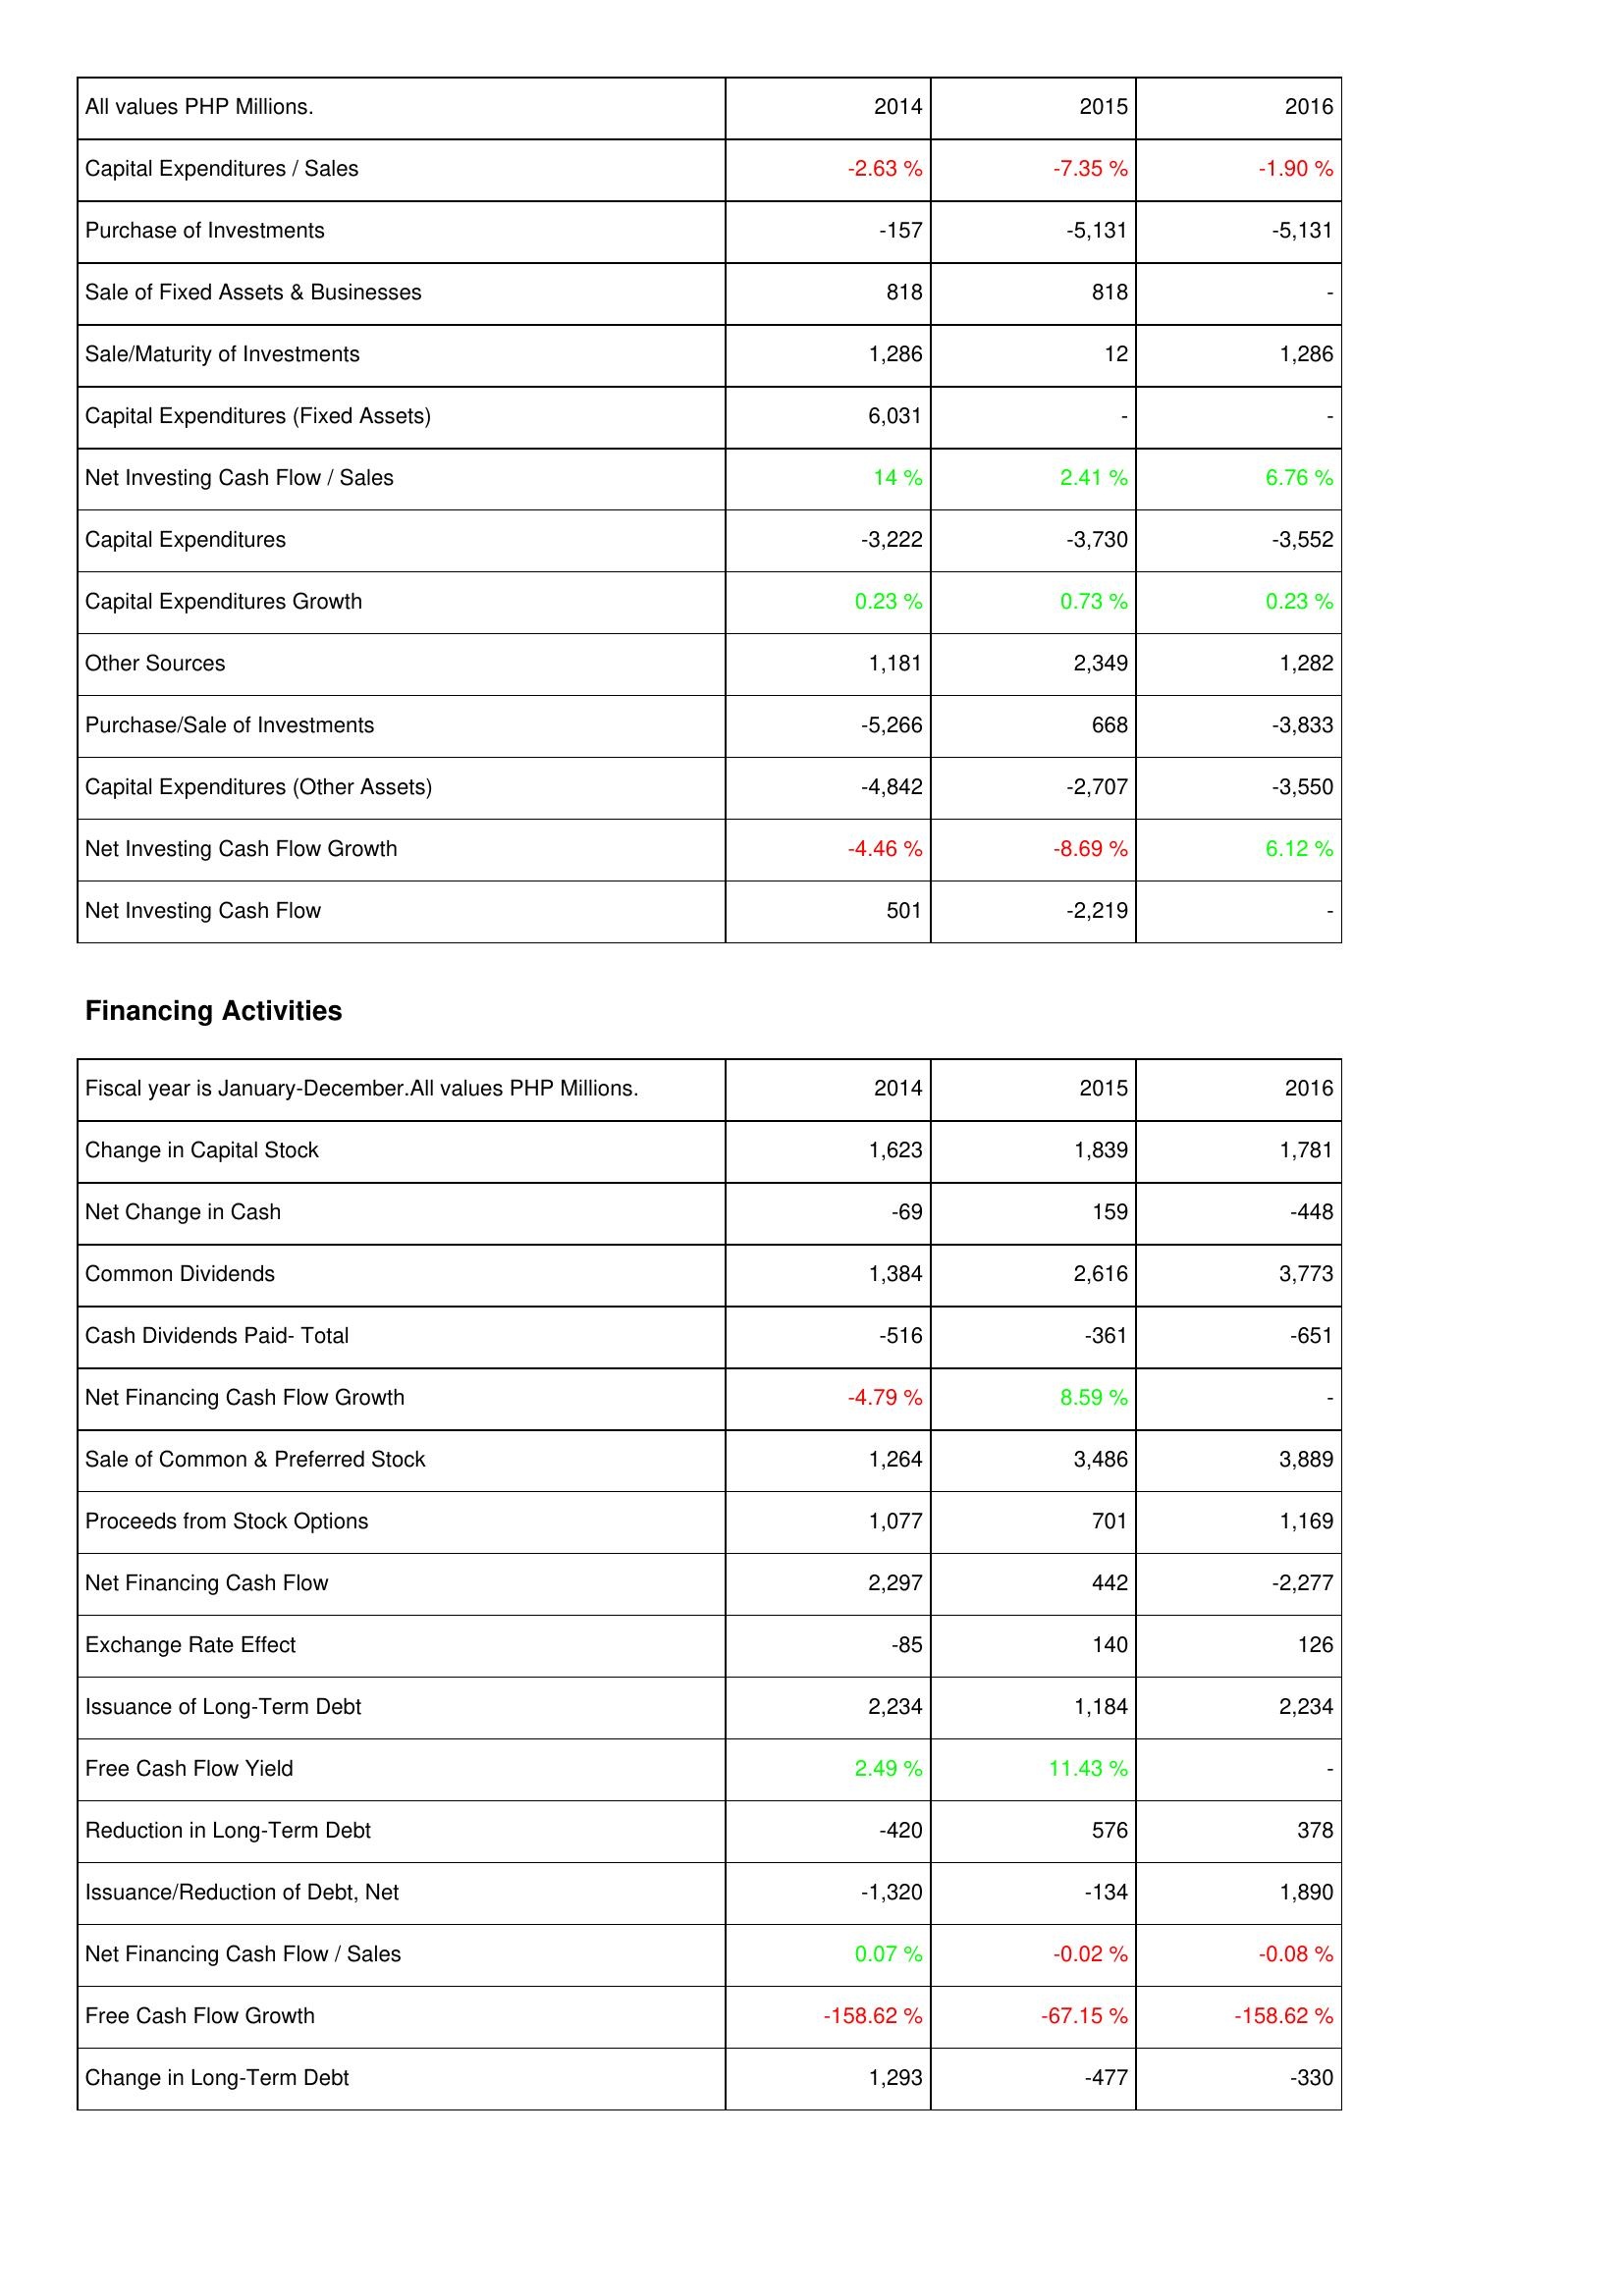
2014: Investing Activities: Capital Expenditures / Sales: -2.63 %
Purchase of Investments: -157
Sale of Fixed Assets & Businesses: 818
Sale/Maturity of Investments: 1,286
Capital Expenditures (Fixed Assets): 6,031
Net Investing Cash Flow / Sales: 14 %
Capital Expenditures: -3,222
Capital Expenditures Growth: 0.23 %
Other Sources: 1,181
Purchase/Sale of Investments: -5,266
Capital Expenditures (Other Assets): -4,842
Net Investing Cash Flow Growth: -4.46 %
Net Investing Cash Flow: 501
Financing Activities: Change in Capital Stock: 1,623
Net Change in Cash: -69
Common Dividends: 1,384
Cash Dividends Paid- Total: -516
Net Financing Cash Flow Growth: -4.79 %
Sale of Common & Preferred Stock: 1,264
Proceeds from Stock Options: 1,077
Net Financing Cash Flow: 2,297
Exchange Rate Effect: -85
Issuance of Long-Term Debt: 2,234
Free Cash Flow Yield: 2.49 %
Reduction in Long-Term Debt: -420
Issuance/Reduction of Debt, Net: -1,320
Net Financing Cash Flow / Sales: 0.07 %
Free Cash Flow Growth: -158.62 %
Change in Long-Term Debt: 1,293
2015: Investing Activities: Capital Expenditures / Sales: -7.35 %
Purchase of Investments: -5,131
Sale of Fixed Assets & Businesses: 818
Sale/Maturity of Investments: 12
Capital Expenditures (Fixed Assets): -
Net Investing Cash Flow / Sales: 2.41 %
Capital Expenditures: -3,730
Capital Expenditures Growth: 0.73 %
Other Sources: 2,349
Purchase/Sale of Investments: 668
Capital Expenditures (Other Assets): -2,707
Net Investing Cash Flow Growth: -8.69 %
Net Investing Cash Flow: -2,219
Financing Activities: Change in Capital Stock: 1,839
Net Change in Cash: 159
Common Dividends: 2,616
Cash Dividends Paid- Total: -361
Net Financing Cash Flow Growth: 8.59 %
Sale of Common & Preferred Stock: 3,486
Proceeds from Stock Options: 701
Net Financing Cash Flow: 442
Exchange Rate Effect: 140
Issuance of Long-Term Debt: 1,184
Free Cash Flow Yield: 11.43 %
Reduction in Long-Term Debt: 576
Issuance/Reduction of Debt, Net: -134
Net Financing Cash Flow / Sales: -0.02 %
Free Cash Flow Growth: -67.15 %
Change in Long-Term Debt: -477
2016: Investing Activities: Capital Expenditures / Sales: -1.90 %
Purchase of Investments: -5,131
Sale of Fixed Assets & Businesses: -
Sale/Maturity of Investments: 1,286
Capital Expenditures (Fixed Assets): -
Net Investing Cash Flow / Sales: 6.76 %
Capital Expenditures: -3,552
Capital Expenditures Growth: 0.23 %
Other Sources: 1,282
Purchase/Sale of Investments: -3,833
Capital Expenditures (Other Assets): -3,550
Net Investing Cash Flow Growth: 6.12 %
Net Investing Cash Flow: -
Financing Activities: Change in Capital Stock: 1,781
Net Change in Cash: -448
Common Dividends: 3,773
Cash Dividends Paid- Total: -651
Net Financing Cash Flow Growth: -
Sale of Common & Preferred Stock: 3,889
Proceeds from Stock Options: 1,169
Net Financing Cash Flow: -2,277
Exchange Rate Effect: 126
Issuance of Long-Term Debt: 2,234
Free Cash Flow Yield: -
Reduction in Long-Term Debt: 378
Issuance/Reduction of Debt, Net: 1,890
Net Financing Cash Flow / Sales: -0.08 %
Free Cash Flow Growth: -158.62 %
Change in Long-Term Debt: -330